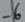
Text: -6